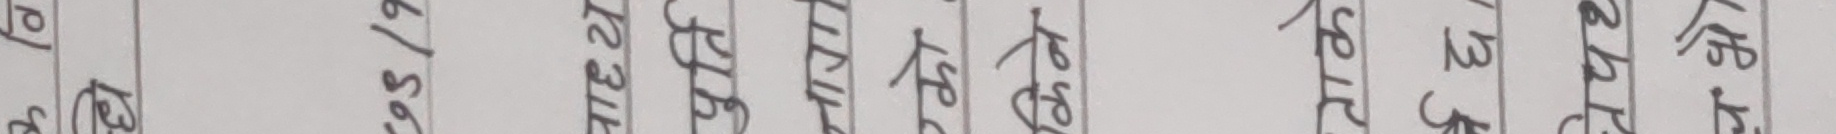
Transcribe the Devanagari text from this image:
के.पि. खनाल
मिति २०७९।३।२१
च.नं. १६/०९०